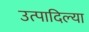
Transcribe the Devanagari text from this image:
उत्पादिल्या